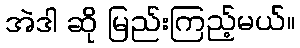
အဲဒါ ဆို မြည်းကြည့်မယ်။